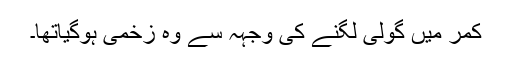
کمر میں گولی لگنے کی وجہہ سے وہ زخمی ہوگیاتھا۔